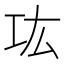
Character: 𰏊